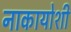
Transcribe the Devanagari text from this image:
नाकायोशी